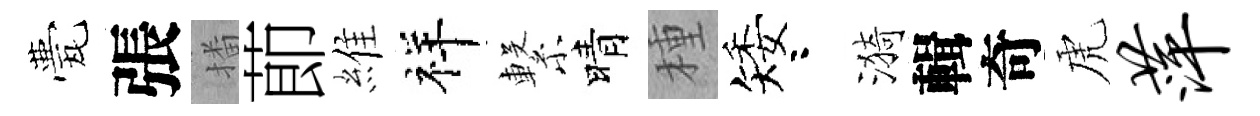
甍張播莭維祥繋晴種矮咯漪輯奇虎萍